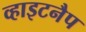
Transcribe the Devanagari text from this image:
व्हाइटनैप